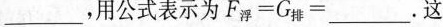
___，用公式表示为$$F_{浮} = G_{排} = ___$$。这